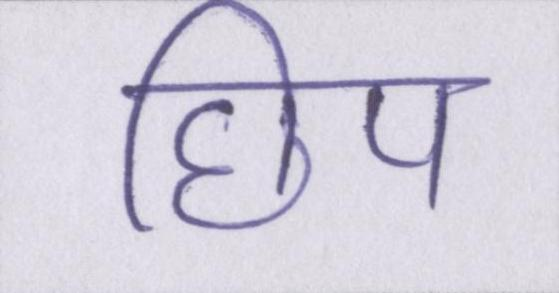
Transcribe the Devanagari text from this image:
छिप